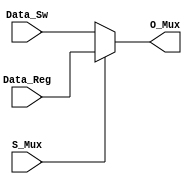

module Mux2_1(
    input [3:0] Data_Sw,
    input [3:0] Data_Reg,
    input S_Mux,
    output [3:0] O_Mux
    );

	assign O_Mux = (S_Mux==0)? Data_Sw : Data_Reg;

endmodule